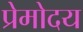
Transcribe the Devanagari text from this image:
प्रेमोदय